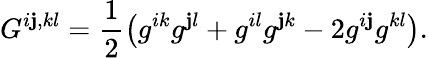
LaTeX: G^{i\mathbf{j},kl}=\frac{{1}}{{2}}\left(g^{ik}g^{\mathbf{j}l}+g^{il}g^{\mathbf{j}k}-2g^{i\mathbf{j}}g^{kl}\right).